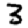
Digit: 3